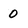
Character: O